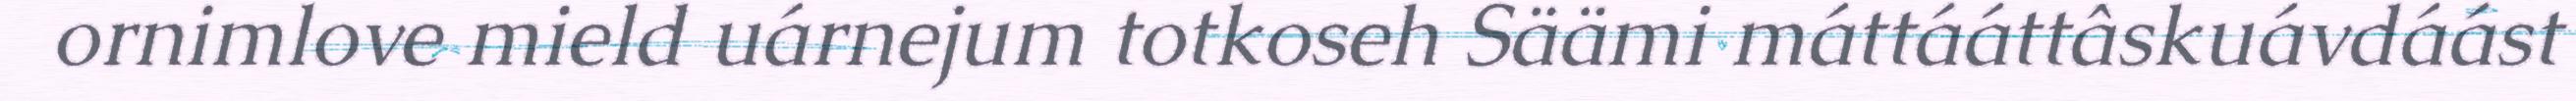
ornimlove mield uárnejum totkoseh Säämi máttááttâskuávdáást